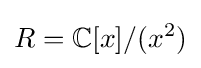
R=\mathbb {C} [x]/(x^{2})